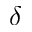
\delta